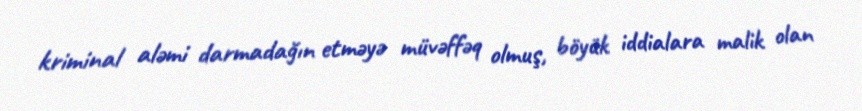
kriminal aləmi darmadağın etməyə müvəffəq olmuş, böyük iddialara malik olan